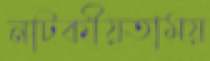
নাটকীয়তাময়